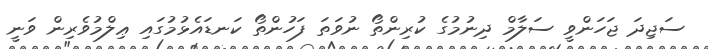
ސަޖިދަ ޖަހަންވީ ސަލާމް ދިނުމުގެ ކުރިންތޯ ނުވަތަ ފަހުންތޯ ކަނޑައެޅުމުގައި ޢިލްމުވެރިން ވަނީ